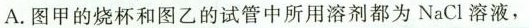
A.图甲的烧杯和图乙的试管中所用溶剂都为NaCl溶液，